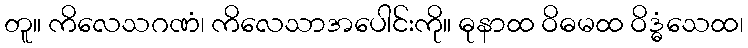
တူ။ ကိလေသဂဏံ၊ ကိလေသာအပေါင်းကို။ ဓုနာထ ဝိဓမထ ဝိဒ္ဓံသေထ၊